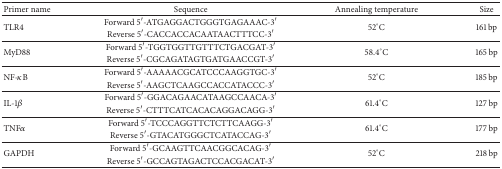
| Primer name | Sequence | Annealing temperature | Size |
 | --- | --- | --- | --- |
 | <ROWSPAN=2> TLR4 | Forward 5′-ATGAGGACTGGGTGAGAAAC-3′ | <ROWSPAN=2> 52°C | <ROWSPAN=2> 161 bp |
 | Reverse 5′-CACCACCACAATAACTTTCC-3′ |
 | <ROWSPAN=2> MyD88 | Forward 5′-TGGTGGTTGTTTCTGACGAT-3′ | <ROWSPAN=2> 58.4°C | <ROWSPAN=2> 165 bp |
 | Reverse 5′-CGCAGATAGTGATGAACCGT-3′ |
 | <ROWSPAN=2> NF-κB | Forward 5′-AAAAACGCATCCCAAGGTGC-3′ | <ROWSPAN=2> 52°C | <ROWSPAN=2> 185 bp |
 | Reverse 5′-AAGCTCAAGCCACCATACCC-3′ |
 | <ROWSPAN=2> IL-1β | Forward 5′-GGACAGAACATAAGCCAACA-3′ | <ROWSPAN=2> 61.4°C | <ROWSPAN=2> 127 bp |
 | Reverse 5′-CTTTCATCACACAGGACAGG-3′ |
 | <ROWSPAN=2> TNFα | Forward 5′-TCCCAGGTTCTCTTCAAGG-3′ | <ROWSPAN=2> 61.4°C | <ROWSPAN=2> 177 bp |
 | Reverse 5′-GTACATGGGCTCATACCAG-3′ |
 | <ROWSPAN=2> GAPDH | Forward 5′-GCAAGTTCAACGGCACAG-3′ | <ROWSPAN=2> 52°C | <ROWSPAN=2> 218 bp |
 | Reverse 5′-GCCAGTAGACTCCACGACAT-3′ |